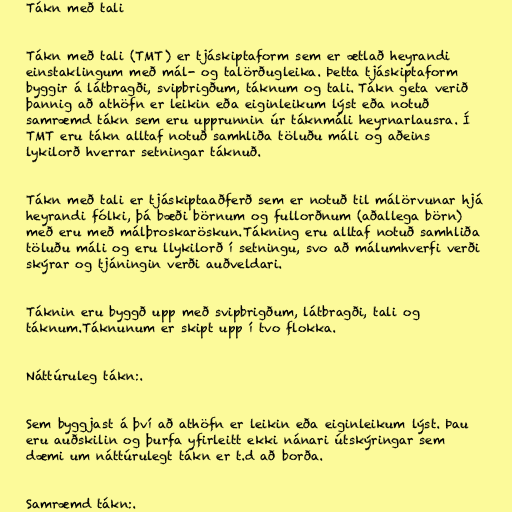
Tákn með tali

Tákn með tali (TMT) er tjáskiptaform sem er ætlað heyrandi
einstaklingum með mál- og talörðugleika. Þetta tjáskiptaform
byggir á látbragði, svipbrigðum, táknum og tali. Tákn geta verið
þannig að athöfn er leikin eða eiginleikum lýst eða notuð
samræmd tákn sem eru upprunnin úr táknmáli heyrnarlausra. Í
TMT eru tákn alltaf notuð samhliða töluðu máli og aðeins
lykilorð hverrar setningar táknuð.

Tákn með tali er tjáskiptaaðferð sem er notuð til málörvunar hjá
heyrandi fólki, þá bæði börnum og fullorðnum (aðallega börn)
með eru með málþroskaröskun.Tákning eru alltaf notuð samhliða
töluðu máli og eru llykilorð í setningu, svo að málumhverfi verði
skýrar og tjáningin verði auðveldari.

Táknin eru byggð upp með svipbrigðum, látbragði, tali og
táknum.Táknunum er skipt upp í tvo flokka.

Náttúruleg tákn:.

Sem byggjast á því að athöfn er leikin eða eiginleikum lýst. Þau
eru auðskilin og þurfa yfirleitt ekki nánari útskýringar sem
dæmi um náttúrulegt tákn er t.d að borða.

Samræmd tákn:.